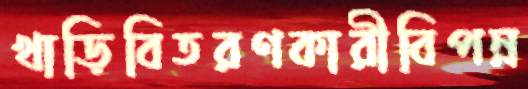
খাড়িবিতরণকারীবিপন্ন